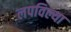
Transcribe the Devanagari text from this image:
लपविल्या